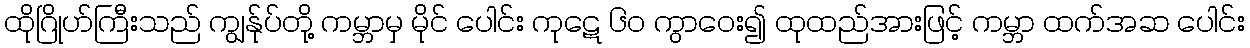
ထိုဂြိုဟ်ကြီးသည် ကျွန်ုပ်တို့ ကမ္ဘာမှ မိုင် ပေါင်း ကုဋေ ၆၀ ကွာဝေး၍ ထုထည်အားဖြင့် ကမ္ဘာ ထက်အဆ ပေါင်း